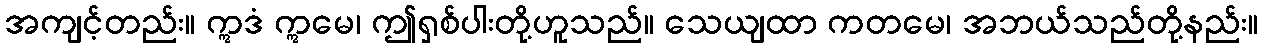
အကျင့်တည်း။ ဣဒံ ဣမေ၊ ဤရှစ်ပါးတို့ဟူသည်။ သေယျထာ ကတမေ၊ အဘယ်သည်တို့နည်း။